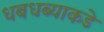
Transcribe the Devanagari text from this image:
धबधब्याकडे